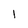
Character: l